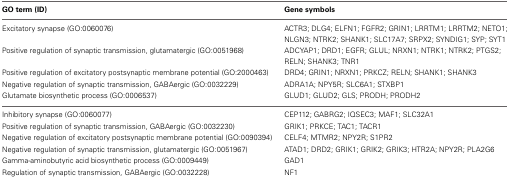
<table><thead><tr><td><b>GO term (ID)</b></td><td><b>Gene symbols</b></td></tr></thead><tbody><tr><td>Excitatory synapse (GO:0060076)</td><td>ACTR3; DLG4; ELFN1; FGFR2; GRIN1; LRRTM1; LRRTM2; NETO1; NLGN3; NTRK2; SHANK1; SLC17A7; SRPX2; SYNDIG1; SYP; SYT1</td></tr><tr><td>Positive regulation of synaptic transmission, glutamatergic (GO:0051968)</td><td>ADCYAP1; DRD1; EGFR; GLUL; NRXN1; NTRK1; NTRK2; PTGS2; RELN; SHANK3; TNR1</td></tr><tr><td>Positive regulation of excitatory postsynaptic membrane potential (GO:2000463)</td><td>DRD4; GRIN1; NRXN1; PRKCZ; RELN; SHANK1; SHANK3</td></tr><tr><td>Negative regulation of synaptic transmission, GABAergic (GO:0032229)</td><td>ADRA1A; NPY5R; SLC6A1; STXBP1</td></tr><tr><td>Glutamate biosynthetic process (GO:0006537)</td><td>GLUD1; GLUD2; GLS; PRODH; PRODH2</td></tr><tr><td>Inhibitory synapse (GO:0060077)</td><td>CEP112; GABRG2; IQSEC3; MAF1; SLC32A1</td></tr><tr><td>Positive regulation of synaptic transmission, GABAergic (GO:0032230)</td><td>GRIK1; PRKCE; TAC1; TACR1</td></tr><tr><td>Negative regulation of excitatory postsynaptic membrane potential (GO:0090394)</td><td>CELF4; MTMR2; NPY2R; S1PR2</td></tr><tr><td>Negative regulation of synaptic transmission, glutamatergic (GO:0051967)</td><td>ATAD1; DRD2; GRIK1; GRIK2; GRIK3; HTR2A; NPY2R; PLA2G6</td></tr><tr><td>Gamma-aminobutyric acid biosynthetic process (GO:0009449)</td><td>GAD1</td></tr><tr><td>Regulation of synaptic transmission, GABAergic (GO:0032228)</td><td>NF1</td></tr></tbody></table>